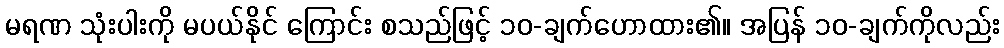
မရဏ သုံးပါးကို မပယ်နိုင် ကြောင်း စသည်ဖြင့် ၁၀-ချက်ဟောထား၏။ အပြန် ၁၀-ချက်ကိုလည်း